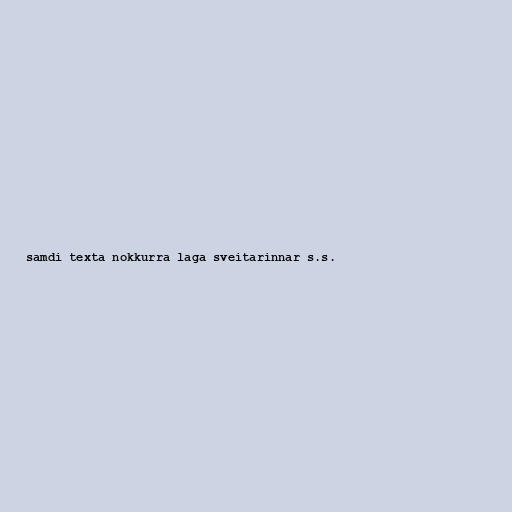
samdi texta nokkurra laga sveitarinnar s.s.